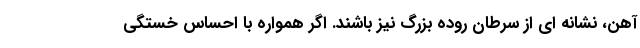
آهن، نشانه ای از سرطان روده بزرگ نیز باشند. اگر همواره با احساس خستگی